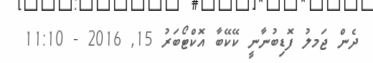
ދެން ޖަމލު ފޮޑިބުނާނީ ކޭކޭބާ އޮކްޓޯބަރު 15